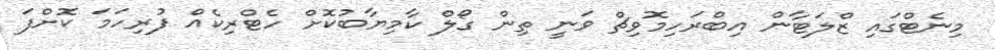
މިނެޓްގައި ޒްލަޓާން އިބްރަހިމޮވިޗް ވަނީ ތިން ގޯލް ކާމިޔާބުކޮށް ހެޓްރިކެއް ފުރިހަމަ ކޮށްފަ